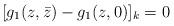
LaTeX: \begin{align*}[g_1(z,\bar{z})-g_1(z,0)]_k=0\end{align*}